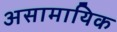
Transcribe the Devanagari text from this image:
असामायिक